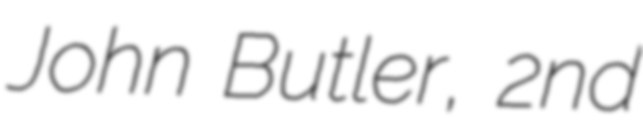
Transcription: John Butler, 2nd